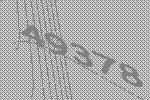
49378